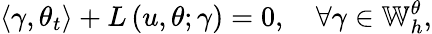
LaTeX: \left\langle\gamma,\theta_{t}\right\rangle+L\left(u,\theta;\gamma\right)=0,\quad\forall\gamma\in\mathbb{W}_{h}^{\theta},